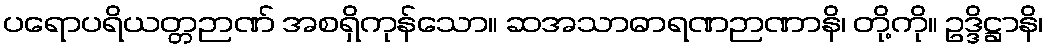
ပရောပရိယတ္တဉာဏ် အစရှိကုန်သော။ ဆအသာဓာရဏဉာဏာနိ၊ တို့ကို။ ဥဒ္ဒိဋ္ဌာနိ၊